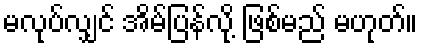
မလုပ်လျှင် အိမ်ပြန်လို့ ဖြစ်မည် မဟုတ်။